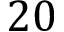
2 0